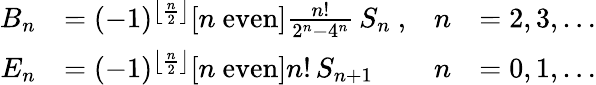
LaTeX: {\begin{array}{rlrl}{B_{n}}&{=(-1)^{\left\lfloor{\frac{n}{2}}\right\rfloor}[n{\mathrm{~even}}]{\frac{n!}{2^{n}-4^{n}}}\, S_{n}\ ,}&{n}&{=2,3,\ldots}\\ {E_{n}}&{=(-1)^{\left\lfloor{\frac{n}{2}}\right\rfloor}[n{\mathrm{~even}}]n!\, S_{n+1}}&{n}&{=0,1,\ldots}\end{array}}